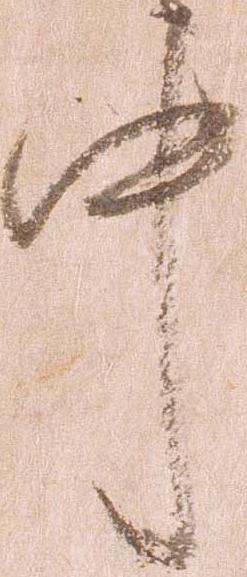
中